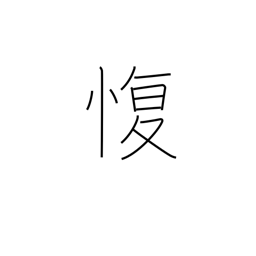
Meaning: go against